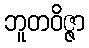
ဘူတဝိဇ္ဇာ